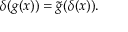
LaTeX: \delta ( g ( x ) ) = { \tilde { g } } ( \delta ( x ) ) .